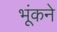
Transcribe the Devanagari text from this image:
भूंकने